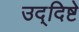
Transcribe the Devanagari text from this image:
उद्‌दिष्टे